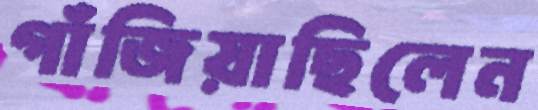
গাঁজিয়াছিলেন